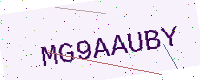
Text: MG9AAUBY